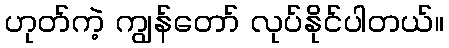
ဟုတ်ကဲ့ ကျွန်တော် လုပ်နိုင်ပါတယ်။